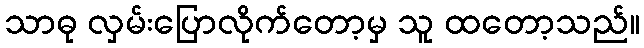
သာဓု လှမ်းပြောလိုက်တော့မှ သူ ထတော့သည်။